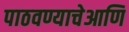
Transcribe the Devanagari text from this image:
पाठवण्याचेआणि